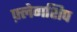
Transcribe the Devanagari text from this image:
फ़्लेगशिप